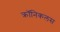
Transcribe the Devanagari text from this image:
क्रॉनिकलस